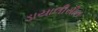
ડાયાલીસીસ